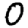
Digit: 0